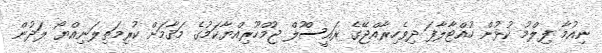
ނިއުމާ ފިލްމު ކުޅުން ހުއްޓާލާފަ ދިވެހިރާއްޖޭގެ ރައީސްުލް ޖުމްހޫރިއްޔާކަމުގެ މަޤާމަށް ކުރިމަތިލަނިއްޔޯ ލަދުން